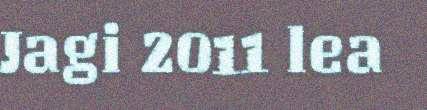
Jagi 2011 lea